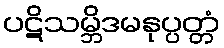
ပဋိသမ္ဘိဒမနုပ္ပတ္တံ